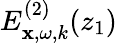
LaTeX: E_{\mathbf{x},\omega,k}^{(2)}(z_{1})